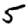
Digit: 5